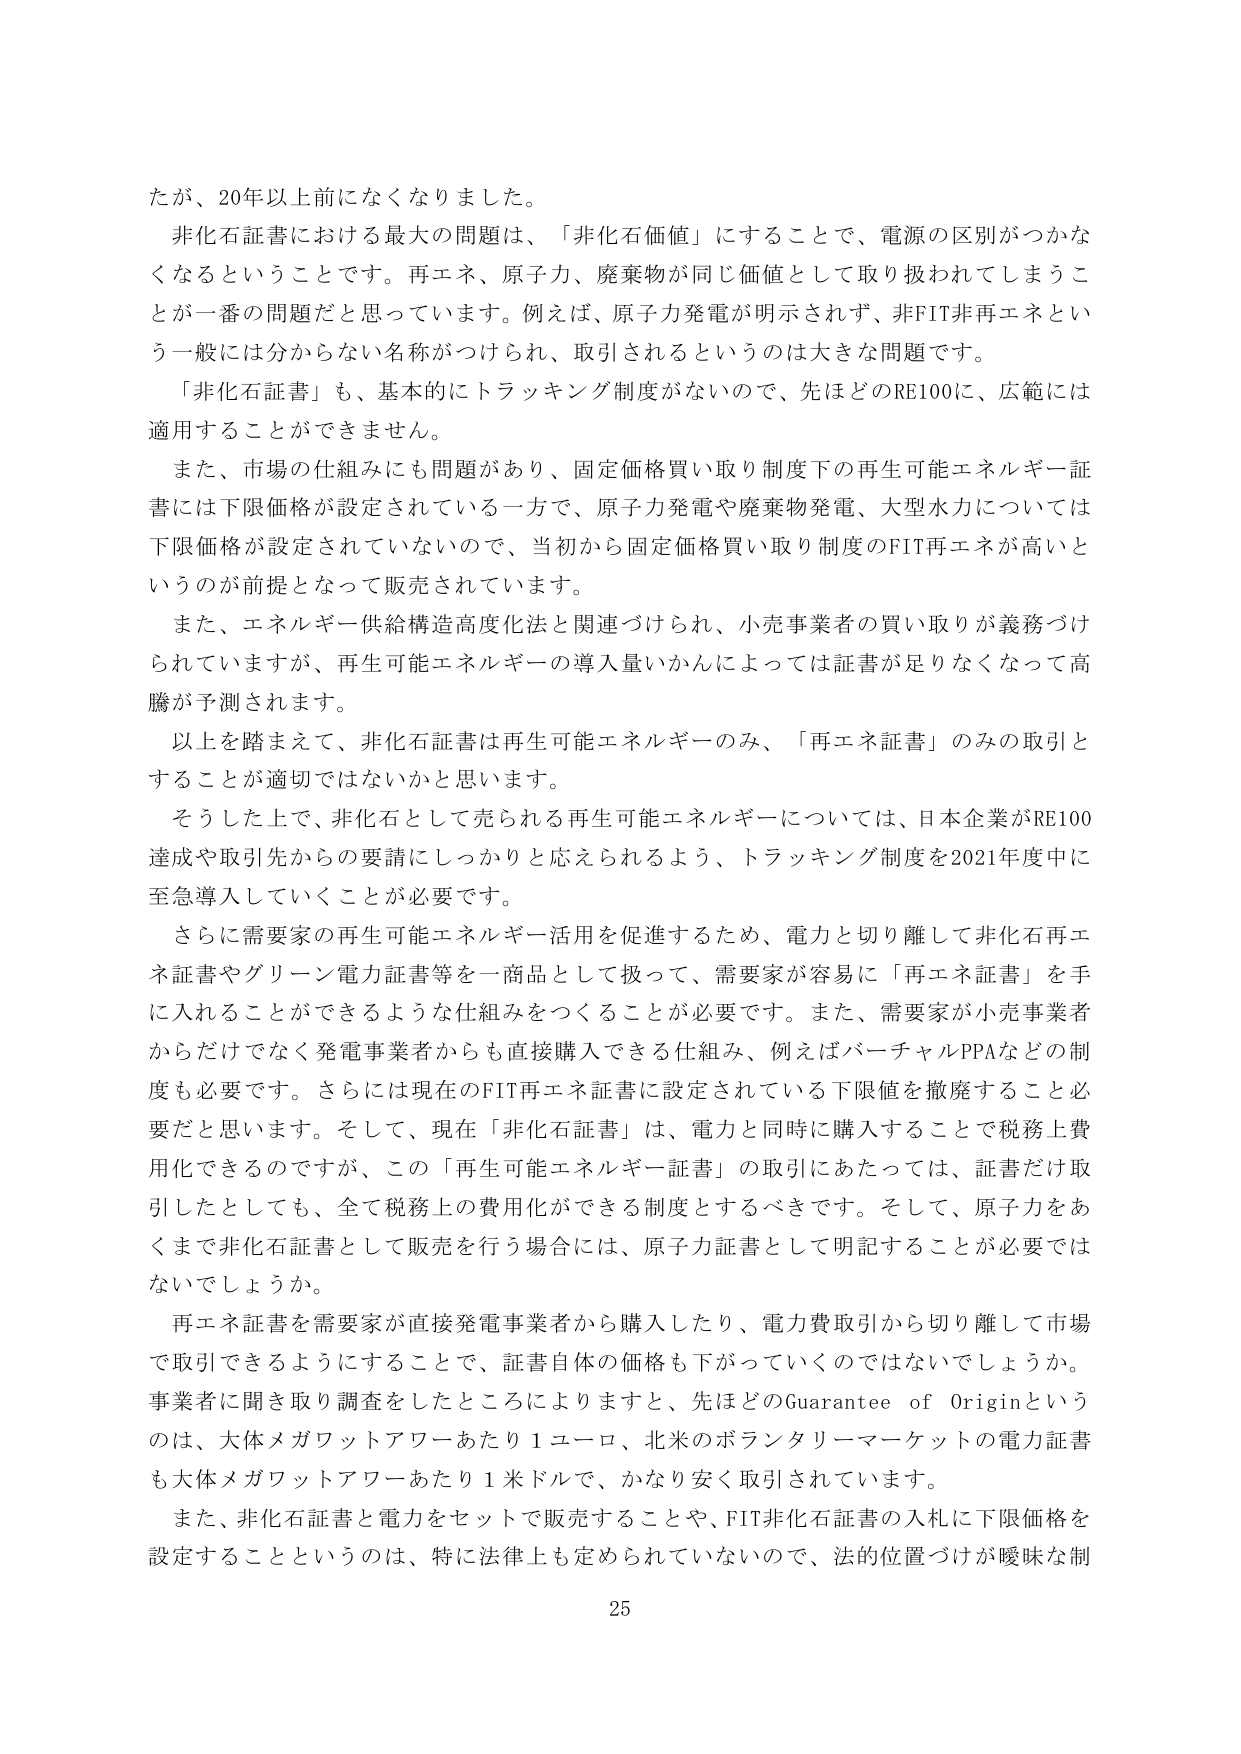
たが、20年以上前になくなりました。

非化石証書における最大の問題は、「非化石価値」にすることで、電源の区別がつかなくなるということです。再エネ、原子力、廃棄物が同じ価値として取り扱われてしまうことが一番の問題だと思います。例えば、原子力発電が明示されず、非FIT非再エネという一般には分からない名称がつけられ、取引されるというのは大きな問題です。

「非化石証書」も、基本的にトラッキング制度がないので、先ほどのRE100に、広範には適用することができません。

また、市場の仕組みにも問題があり、固定価格買い取り制度下の再生可能エネルギー証書には下限価格が設定されている一方で、原子力発電や廃棄物発電、大型水力については下限価格が設定されていないので、当初から固定価格買い取り制度のFIT再エネが高いというのが前提となって販売されています。

また、エネルギー供給構造高度化法と関連づけられ、小売事業者の買い取りが義務づけられていますが、再生可能エネルギーの導入量いかんによっては証書が足りなくなって高騰が予測されます。

以上を踏まえて、非化石証書は再生可能エネルギーのみ、「再エネ証書」のみの取引とすることが適切ではないかと思います。

そうした上で、非化石として売られる再生可能エネルギーについては、日本企業がRE100達成や取引先からの要請にしっかりと応えられるよう、トラッキング制度を2021年度中に至急導入していくことが必要です。

さらに需要家の再生可能エネルギー活用を促進するため、電力と切り離して非化石再エネ証書やグリーン電力証書等を一商品として扱って、需要家が容易に「再エネ証書」を手に入れることができるような仕組みをつくることが必要です。また、需要家が小売事業者からだけでなく発電事業者からも直接購入できる仕組み、例えばバーチャルPPAなどの制度も必要です。さらには現在のFIT再エネ証書に設定されている下限値を撤廃すること必要だと思います。そして、現在「非化石証書」は、電力と同時に購入することで税務上費用化できるのですが、この「再生可能エネルギー証書」の取引にあたっては、証書だけ取引したとしても、全て税務上の費用化ができる制度とするべきです。そして、原子力をあくまで非化石証書として販売を行う場合には、原子力証書として明記する必要はないでしょうか。

再エネ証書を需要家が直接発電事業者から購入したり、電力費取引から切り離して市場で取引できるようにすることで、証書自体の価格も下がっていくのではないでしょうか。事業者に聞き取り調査をしたところによりますと、先ほどのGuarantee of Originというのは、大体メガワットアワーあたり1ユーロ、北米のボランタリーマーケットの電力証書も大体メガワットアワーあたり1米ドルで、かなり安く取引されています。

また、非化石証書と電力をセットで販売することや、FIT非化石証書の入札に下限価格を設定することというのは、特に法律上も定められていないので、法的位置づけが曖昧な制

25